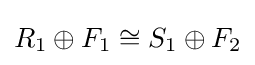
R_{1}\oplus F_{1}\cong S_{1}\oplus F_{2}